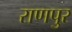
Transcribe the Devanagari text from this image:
राणपुर